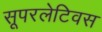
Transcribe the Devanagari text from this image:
सूपरलेटिवस